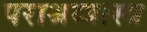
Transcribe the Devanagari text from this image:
पराश्रव्यास्त्र